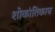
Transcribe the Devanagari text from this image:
शोकांतिकाच